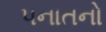
પનાતનો